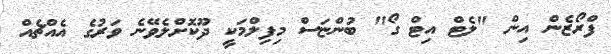
ފްރޯޒެން އިން "ލެޓް އިޓް ގޯ" ބުންޏަސް މިފިލްމަކީ ދޫކޮށްލެވޭނެ ވަރުގެ އެއްޗެއް